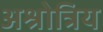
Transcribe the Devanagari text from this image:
अश्रोत्रिय